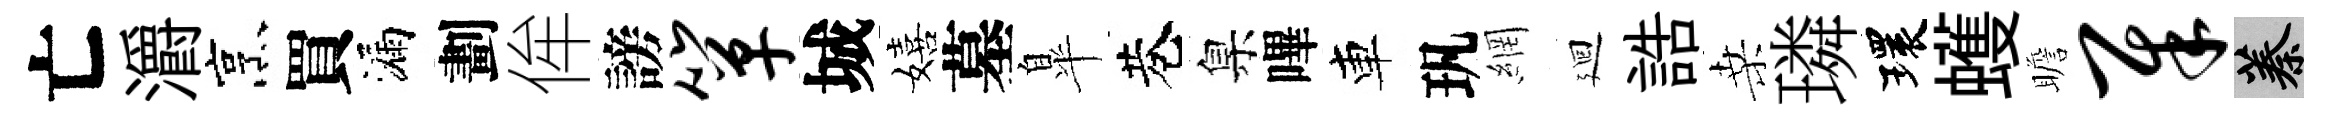
亡灂烹買漏劃侔謗箪城嬉墓臯巷臬嗶車㺬網廻誥桑璘環蠖瞻犀蓁